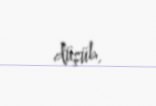
düşüb.